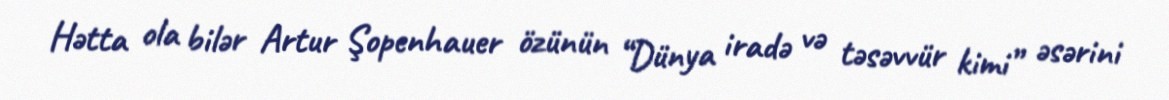
Hətta ola bilər Artur Şopenhauer özünün “Dünya iradə və təsəvvür kimi” əsərini